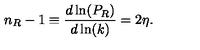
n _ { R } - 1 \equiv \frac { d \ln ( P _ { R } ) } { d \ln ( k ) } = 2 \eta .